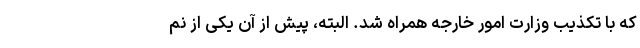
که با تکذیب وزارت امور خارجه همراه شد. البته، پیش از آن یکی از نم